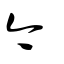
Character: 今